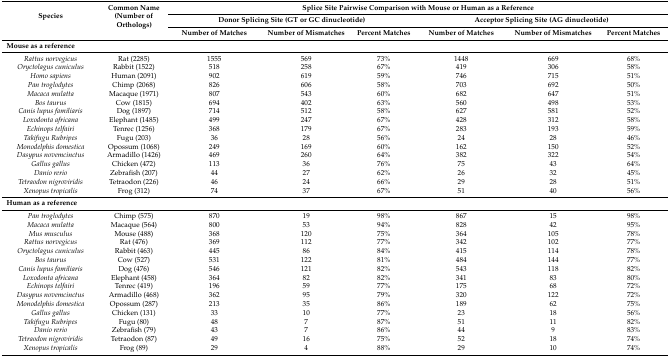
<table><thead><tr><td rowspan="3"><b>Species</b></td><td rowspan="3"><b>Common Name (Number of Orthologs)</b></td><td colspan="6"><b>Splice Site Pairwise Comparison with Mouse or Human as a Reference</b></td></tr><tr><td colspan="3"><b>Donor Splicing Site (GT or GC dinucleotide)</b></td><td colspan="3"><b>Acceptor Splicing Site (AG dinucleotide)</b></td></tr><tr><td><b>Number of Matches</b></td><td><b>Number of Mismatches</b></td><td><b>Percent Matches</b></td><td><b>Number of Matches</b></td><td><b>Number of Mismatches</b></td><td><b>Percent Matches</b></td></tr></thead><tbody><tr><td colspan="8"><b>Mouse as a reference</b></td></tr><tr><td><i>Rattus norvegicus</i></td><td>Rat (2285)</td><td>1555</td><td>569</td><td>73%</td><td>1448</td><td>669</td><td>68%</td></tr><tr><td><i>Oryctolagus cuniculus</i></td><td>Rabbit (1522)</td><td>518</td><td>258</td><td>67%</td><td>419</td><td>306</td><td>58%</td></tr><tr><td><i>Homo sapiens</i></td><td>Human (2091)</td><td>902</td><td>619</td><td>59%</td><td>746</td><td>715</td><td>51%</td></tr><tr><td><i>Pan troglodytes</i></td><td>Chimp (2068)</td><td>826</td><td>606</td><td>58%</td><td>703</td><td>692</td><td>50%</td></tr><tr><td><i>Macaca mulatta</i></td><td>Macaque (1971)</td><td>807</td><td>543</td><td>60%</td><td>682</td><td>647</td><td>51%</td></tr><tr><td><i>Bos taurus</i></td><td>Cow (1815)</td><td>694</td><td>402</td><td>63%</td><td>560</td><td>498</td><td>53%</td></tr><tr><td><i>Canis lupus familiaris</i></td><td>Dog (1897)</td><td>714</td><td>512</td><td>58%</td><td>627</td><td>581</td><td>52%</td></tr><tr><td><i>Loxodonta africana</i></td><td>Elephant (1485)</td><td>499</td><td>247</td><td>67%</td><td>428</td><td>312</td><td>58%</td></tr><tr><td><i>Echinops telfairi</i></td><td>Tenrec (1256)</td><td>368</td><td>179</td><td>67%</td><td>283</td><td>193</td><td>59%</td></tr><tr><td><i>Takifugu Rubripes</i></td><td>Fugu (203)</td><td>36</td><td>28</td><td>56%</td><td>24</td><td>28</td><td>46%</td></tr><tr><td><i>Monodelphis domestica</i></td><td>Opossum (1068)</td><td>249</td><td>169</td><td>60%</td><td>162</td><td>150</td><td>52%</td></tr><tr><td><i>Dasypus novemcinctus</i></td><td>Armadillo (1426)</td><td>469</td><td>260</td><td>64%</td><td>382</td><td>322</td><td>54%</td></tr><tr><td><i>Gallus gallus</i></td><td>Chicken (472)</td><td>113</td><td>36</td><td>76%</td><td>75</td><td>43</td><td>64%</td></tr><tr><td><i>Danio rerio</i></td><td>Zebrafish (207)</td><td>44</td><td>27</td><td>62%</td><td>26</td><td>32</td><td>45%</td></tr><tr><td><i>Tetraodon nigroviridis</i></td><td>Tetraodon (226)</td><td>46</td><td>24</td><td>66%</td><td>29</td><td>28</td><td>51%</td></tr><tr><td><i>Xenopus tropicalis</i></td><td>Frog (312)</td><td>74</td><td>37</td><td>67%</td><td>51</td><td>40</td><td>56%</td></tr><tr><td colspan="8"><b>Human as a reference</b></td></tr><tr><td><i>Pan troglodytes</i></td><td>Chimp (575)</td><td>870</td><td>19</td><td>98%</td><td>867</td><td>15</td><td>98%</td></tr><tr><td><i>Macaca mulatta</i></td><td>Macaque (564)</td><td>800</td><td>53</td><td>94%</td><td>828</td><td>42</td><td>95%</td></tr><tr><td><i>Mus musculus</i></td><td>Mouse (488)</td><td>368</td><td>120</td><td>75%</td><td>364</td><td>105</td><td>78%</td></tr><tr><td><i>Rattus norvegicus</i></td><td>Rat (476)</td><td>369</td><td>112</td><td>77%</td><td>342</td><td>102</td><td>77%</td></tr><tr><td><i>Oryctolagus cuniculus</i></td><td>Rabbit (463)</td><td>445</td><td>86</td><td>84%</td><td>415</td><td>114</td><td>78%</td></tr><tr><td><i>Bos taurus</i></td><td>Cow (527)</td><td>531</td><td>122</td><td>81%</td><td>484</td><td>144</td><td>77%</td></tr><tr><td><i>Canis lupus familiaris</i></td><td>Dog (476)</td><td>546</td><td>121</td><td>82%</td><td>543</td><td>118</td><td>82%</td></tr><tr><td><i>Loxodonta africana</i></td><td>Elephant (458)</td><td>364</td><td>82</td><td>82%</td><td>341</td><td>83</td><td>80%</td></tr><tr><td><i>Echinops telfairi</i></td><td>Tenrec (419)</td><td>196</td><td>59</td><td>77%</td><td>175</td><td>68</td><td>72%</td></tr><tr><td><i>Dasypus novemcinctus</i></td><td>Armadillo (468)</td><td>362</td><td>95</td><td>79%</td><td>320</td><td>122</td><td>72%</td></tr><tr><td><i>Monodelphis domestica</i></td><td>Opossum (287)</td><td>213</td><td>35</td><td>86%</td><td>189</td><td>62</td><td>75%</td></tr><tr><td><i>Gallus gallus</i></td><td>Chicken (131)</td><td>33</td><td>10</td><td>77%</td><td>23</td><td>18</td><td>56%</td></tr><tr><td><i>Takifugu Rubripes</i></td><td>Fugu (80)</td><td>48</td><td>7</td><td>87%</td><td>51</td><td>11</td><td>82%</td></tr><tr><td><i>Danio rerio</i></td><td>Zebrafish (79)</td><td>43</td><td>7</td><td>86%</td><td>44</td><td>9</td><td>83%</td></tr><tr><td><i>Tetraodon nigroviridis</i></td><td>Tetraodon (87)</td><td>49</td><td>16</td><td>75%</td><td>52</td><td>18</td><td>74%</td></tr><tr><td><i>Xenopus tropicalis</i></td><td>Frog (89)</td><td>29</td><td>4</td><td>88%</td><td>29</td><td>10</td><td>74%</td></tr></tbody></table>